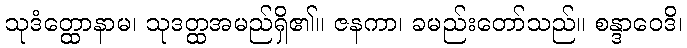
သုဒံတ္ထောနာမ၊ သုဒတ္ထအမည်ရှိ၏။ ဇနကာ၊ ခမည်းတော်သည်။ စန္ဒာဝေဒိ၊